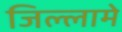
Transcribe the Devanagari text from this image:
जिल्लामे